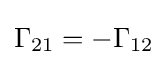
\Gamma _{21}=-\Gamma _{12}